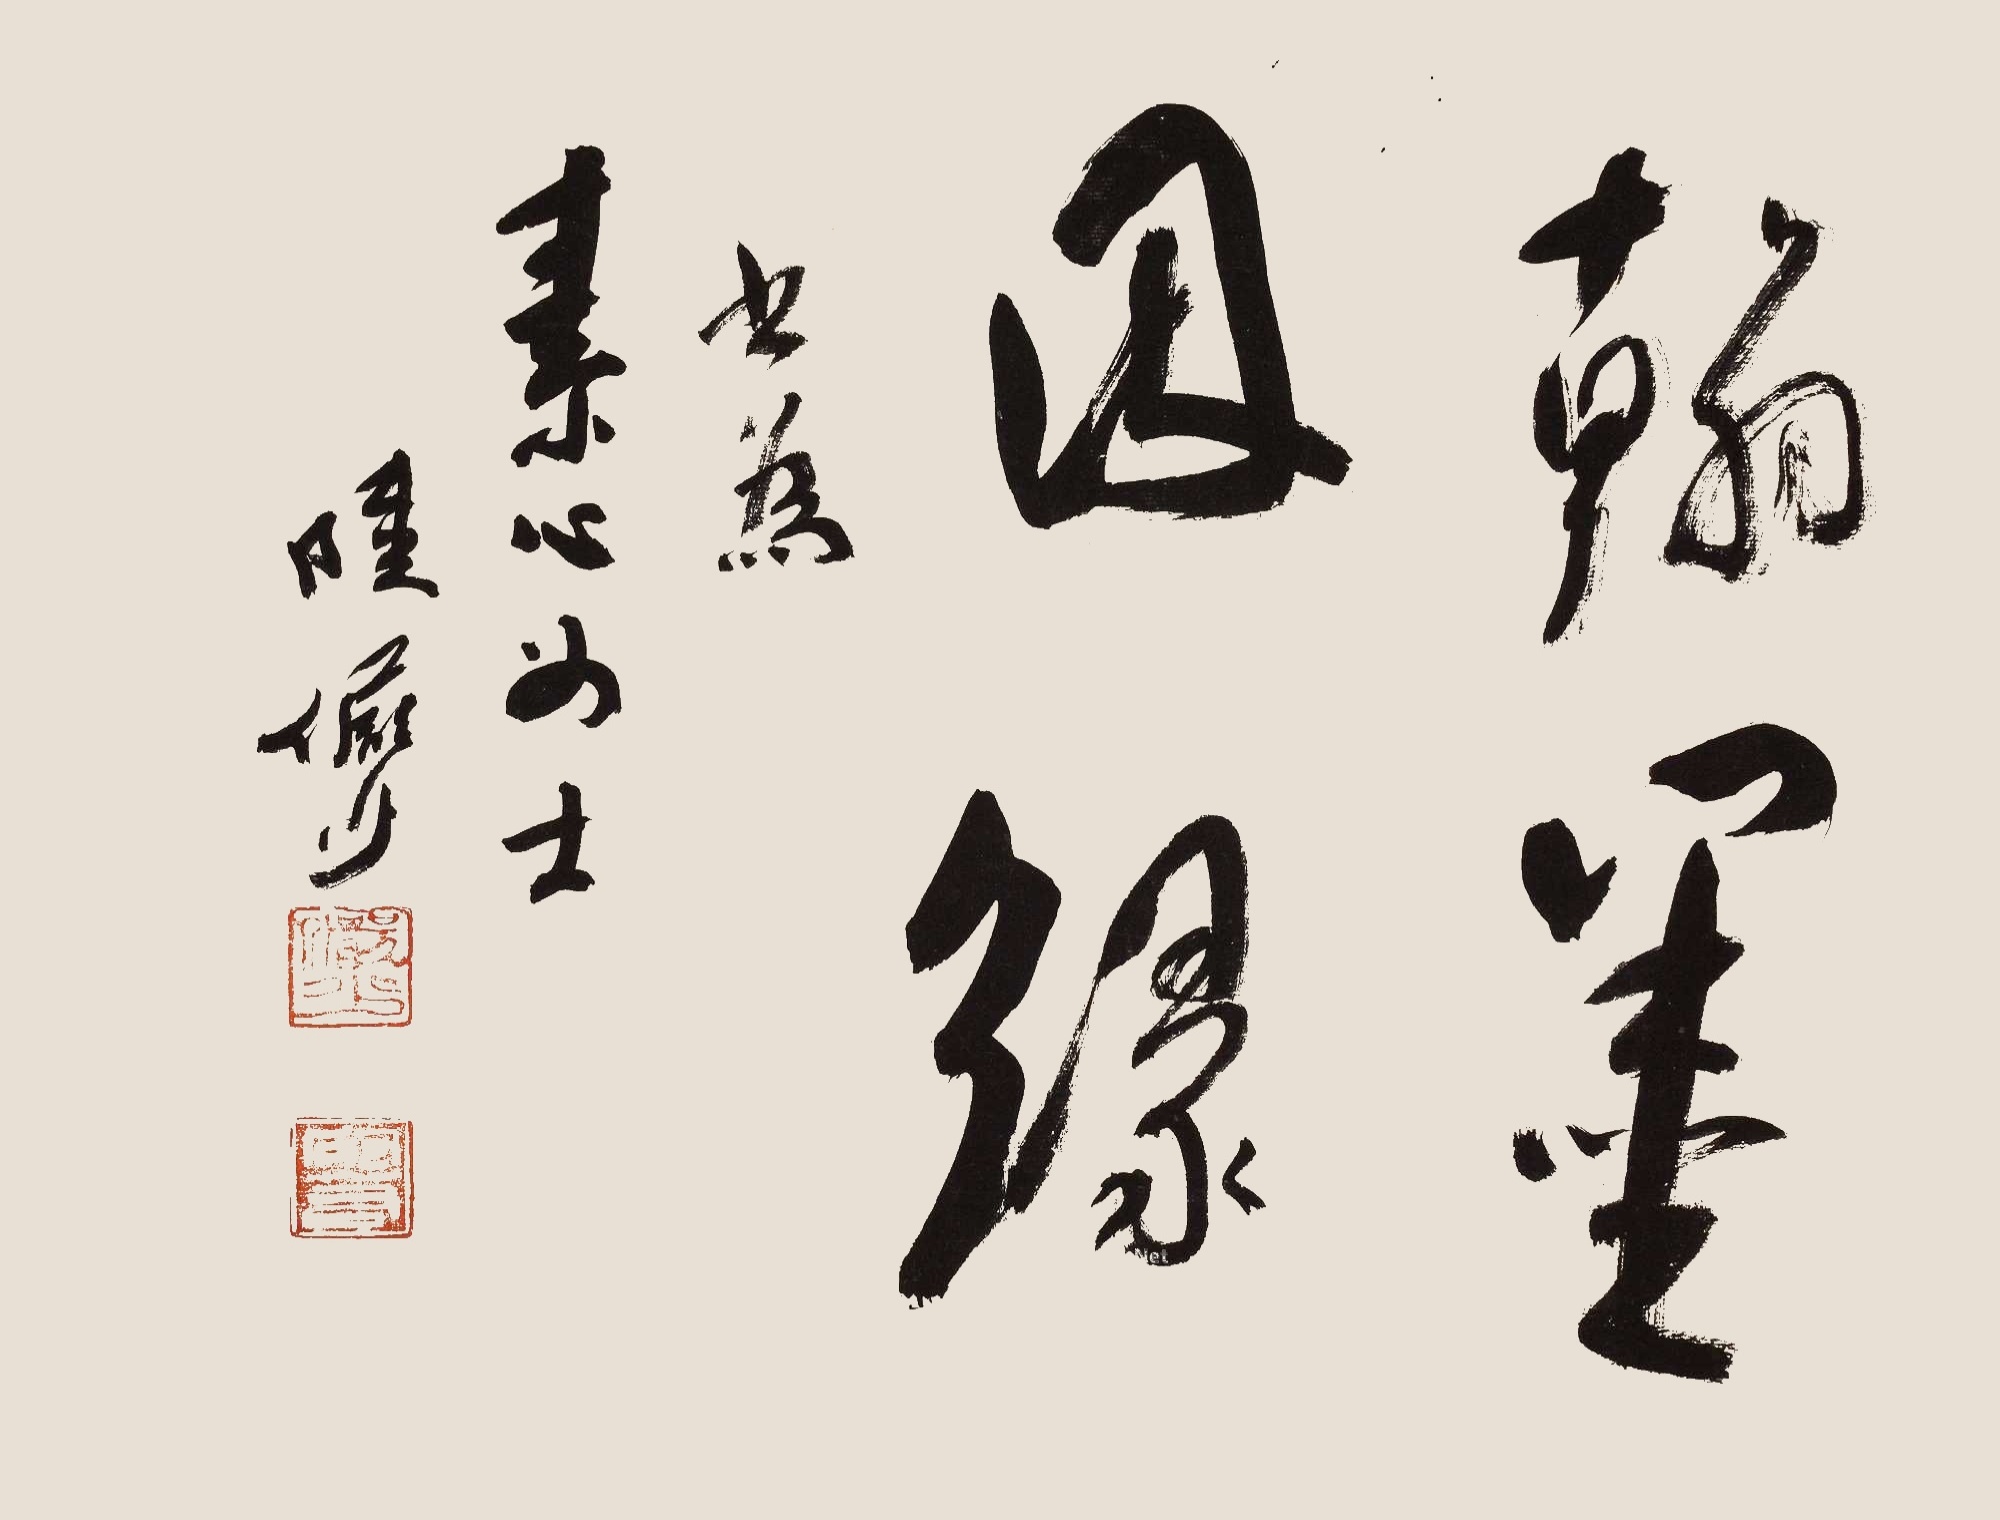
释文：翰墨因缘。书为素心女士，陆俨少。